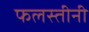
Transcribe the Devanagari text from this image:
फलस्तीनी